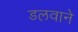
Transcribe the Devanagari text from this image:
डलवाने